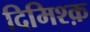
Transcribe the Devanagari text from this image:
दिमिश्क़